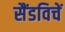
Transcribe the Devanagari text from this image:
सैंडविचें